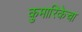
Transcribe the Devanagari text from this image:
कुमारिकेचा